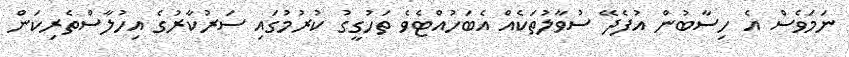
ނަމަވެސް އެ ހިސާބުން އުފެދޭ ސުވާލުތަކެއް އެބަހުއްޓެވެ ތަހުގީގު ކުރުމުގައި ސަރުކާރުގެ އިހުލާސްތެރިކަން